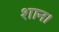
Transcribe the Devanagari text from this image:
शान।